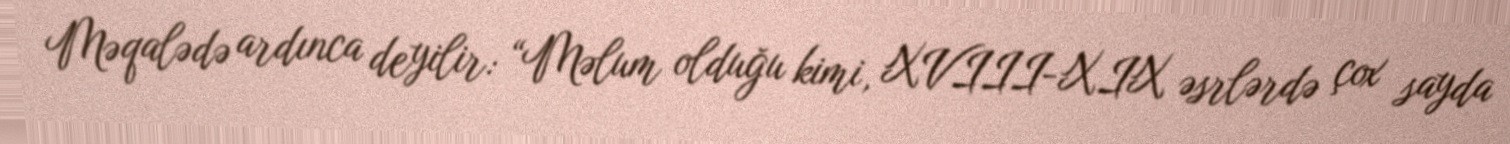
Məqalədə ardınca deyilir: “Məlum olduğu kimi, XVIII-XIX əsrlərdə çox sayda